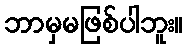
ဘာမှမဖြစ်ပါဘူး။